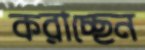
করাচ্ছেন